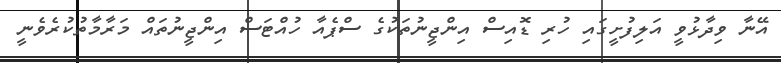
އޭނާ ވިދާޅުވީ އަލިފުށީގައި ހުރި ޑޮއިސް އިންޖީނުތަކުގެ ސްޕެއާ ހުއްޓަސް އިންޖީނުތައް މަރާމާތުކުރެވެނީ